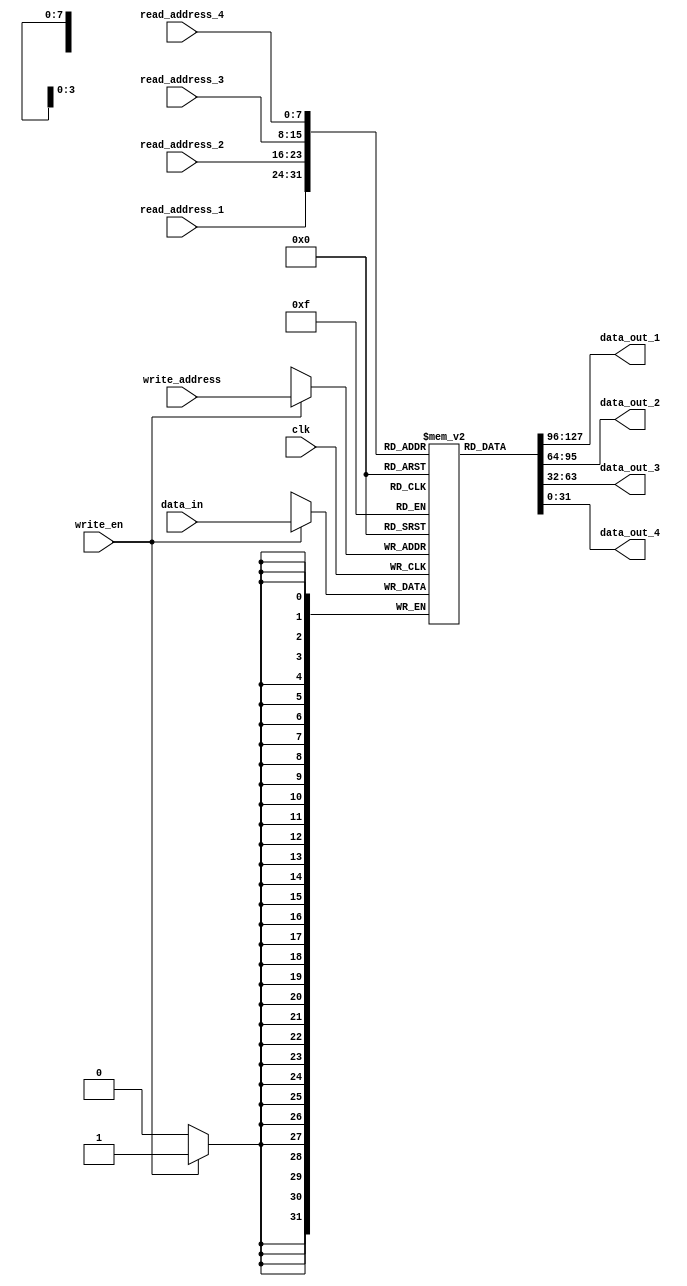
module register_file (
    input clk,
    input [7:0] read_address_1,
    input [7:0] read_address_2,
    input [7:0] read_address_3,
    input [7:0] read_address_4,
    input [7:0] write_address,
    input [31:0] data_in,
    input write_en,
    output reg [31:0] data_out_1,
    output reg [31:0] data_out_2,
    output reg [31:0] data_out_3,
    output reg [31:0] data_out_4
);

reg [31:0] registers [0:255];

always @(posedge clk) begin
    if (write_en) begin
        registers[write_address] <= data_in;
    end
end

assign data_out_1 = registers[read_address_1];
assign data_out_2 = registers[read_address_2];
assign data_out_3 = registers[read_address_3];
assign data_out_4 = registers[read_address_4];

endmodule